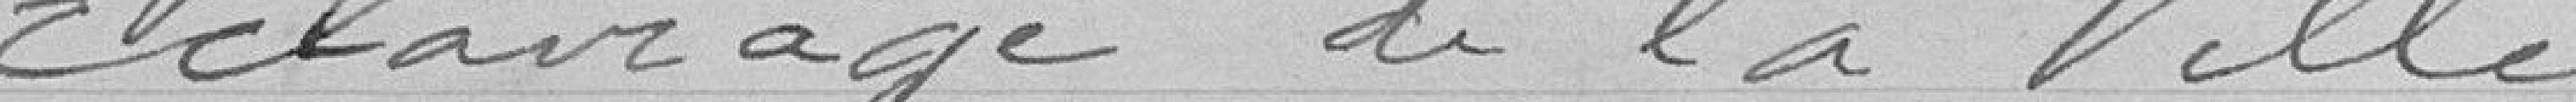
Éclairage de la ville